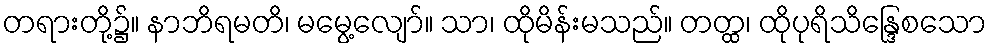
တရားတို့၌။ နာဘိရမတိ၊ မမွေ့လျော်။ သာ၊ ထိုမိန်းမသည်။ တတ္ထ၊ ထိုပုရိသိန္ဒြေစသော